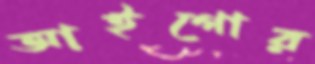
আইগোর